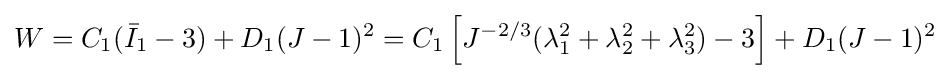
W=C_{1}({\bar {I}}_{1}-3)+D_{1}(J-1)^{2}=C_{1}\left[J^{-2/3}(\lambda _{1}^{2}+\lambda _{2}^{2}+\lambda _{3}^{2})-3\right]+D_{1}(J-1)^{2}